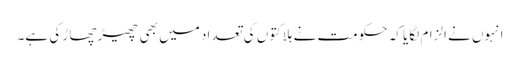
انہوں نے الزام لگایا کہ حکومت نے ہلاکتوں کی تعداد میں بھی چھیڑ چھاڑ کی ہے۔